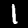
Digit: 1